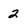
Character: 2